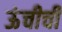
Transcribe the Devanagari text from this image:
ऊंचीची